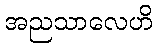
အညသာလေဟိ